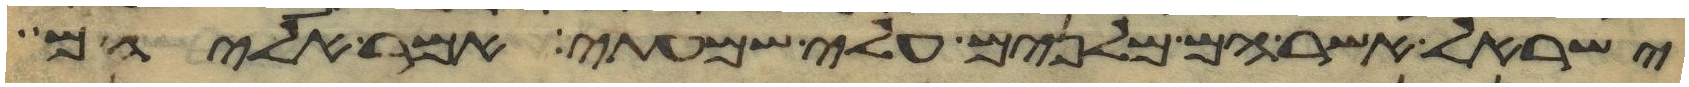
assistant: ישראל אשר הם מלנים עלי שמעתי אמר אליהם